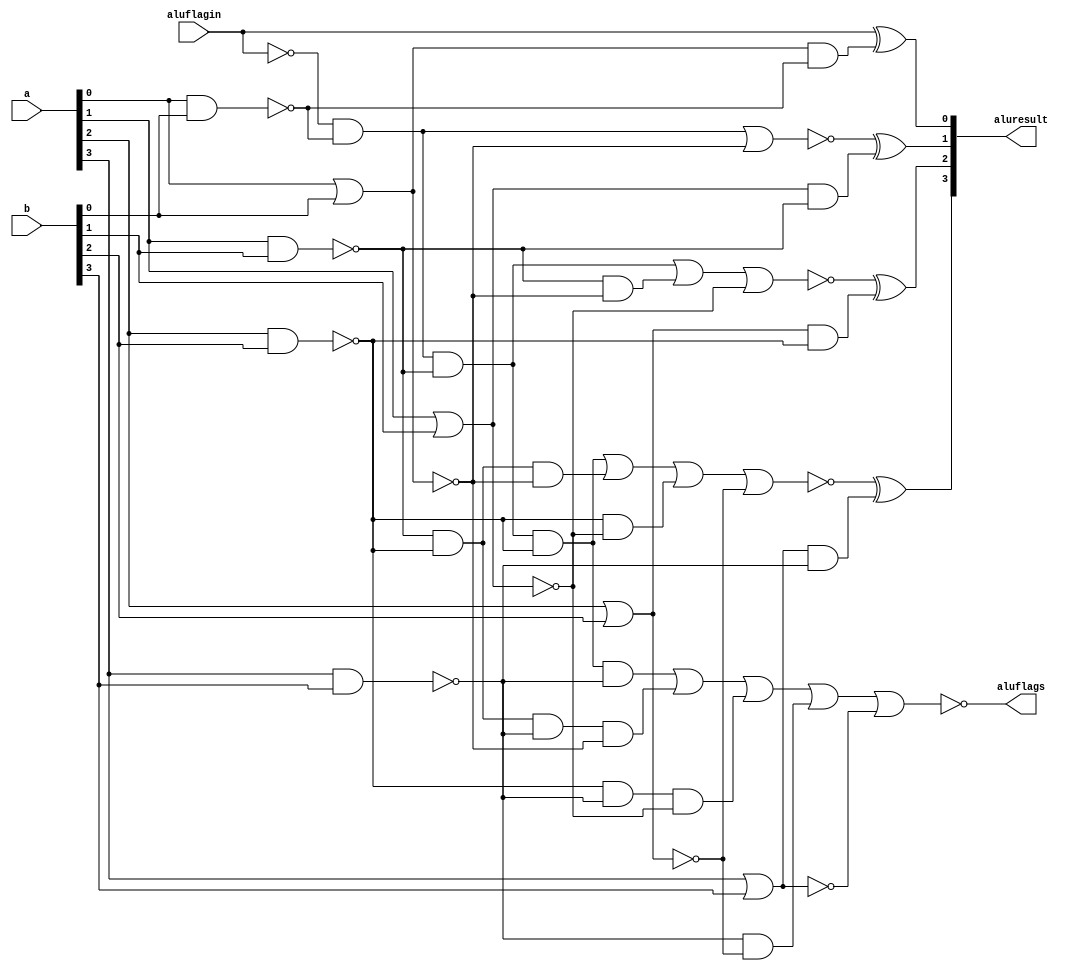
module CLA_4bits #(parameter ancho=4)(
    input [ancho-1:0]a, b, 
    input aluflagin,
    output wire [ancho-1:0]aluresult, 
    output wire aluflags
    );
    
    wire x1;
    wire x2;
    wire x3; 
    wire x4;
    wire x5;
    wire x6;
    wire x7;
    wire x8;
    wire x9;
    
    assign x1=~aluflagin;
    assign x2=~(a[0]|b[0]);
    assign x3=~(a[0]&b[0]);
    assign x4=~(a[1]|b[1]);
    assign x5=~(a[1]&b[1]);
    assign x6=~(a[2]|b[2]);
    assign x7=~(a[2]&b[2]);
    assign x8=~(a[3]|b[3]);
    assign x9=~(a[3]&b[3]);
    
    assign aluresult[0]=~x1^(~x2&x3);
    assign aluresult[1]=~((x1&x3)|x2)^(~x4&x5);
    assign aluresult[2]=~((x1&x3&x5)|(x5&x2)|x4)^(~x6&x7);
    assign aluresult[3]=~((x1&x3&x5&x7)|(x5&x7&x2)|(x7&x4)|x6)^(~x8&x9);
    assign aluflags=~((x1&x3&x5&x7&x9)|(x5&x7&x9&x2)|(x7&x9&x4)|(x9&x6)|x8);
  
endmodule